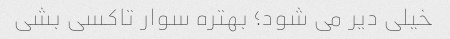
خیلی دیر می شود؛ بهتره سوار تاکسی بشی